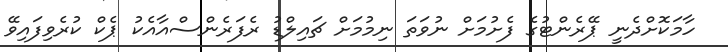
ހާމަކޮށްދެނީ ޕޭރެންޓުގެ ފެށުމަށް ނުވަތަ ނިމުމަށް ޗައިލްޑު ރެފަރެންސްއާއެކު ޕެކް ކުރެވިފައިވޭ